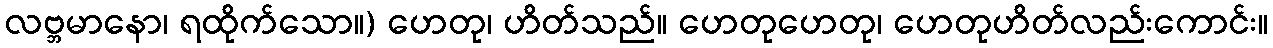
လဗ္ဘမာနော၊ ရထိုက်သော။) ဟေတု၊ ဟိတ်သည်။ ဟေတုဟေတု၊ ဟေတုဟိတ်လည်းကောင်း။